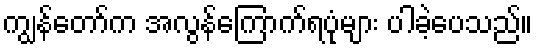
ကျွန်တော်က အလွန်ကြောက်ရပုံများ ပါခဲ့ပေသည်။